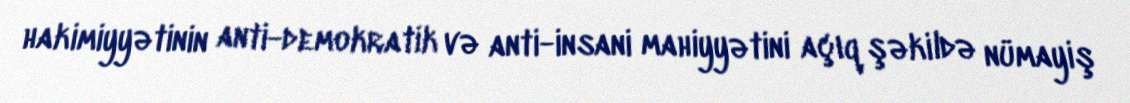
hakimiyyətinin anti-demokratik və anti-insani mahiyyətini açıq şəkildə nümayiş